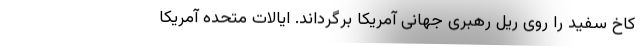
کاخ سفید را روی ریل رهبری جهانی آمریکا برگرداند. ایالات متحده آمریکا